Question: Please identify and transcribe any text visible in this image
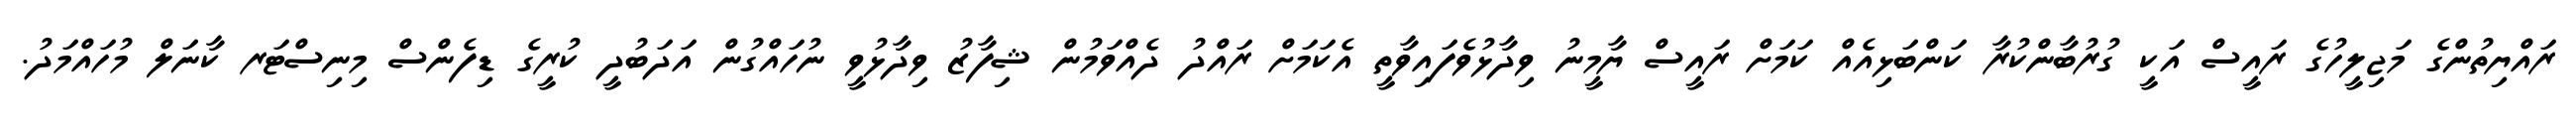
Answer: ރައްޔިތުންގެ މަޖިލީހުގެ ރައީސް އަކީ ގުރުބާންކުރާ ކަންބަޅިއެއް ކަމަށް ރައީސް ޔާމީނު ވިދާޅުވެފައިވާތީ އެކަމަށް ރައްދު ދެއްވަމުން ޝިފާޒު ވިދާޅުވީ ނުހައްގުން އަދަބުދީ ކުރީގެ ޑިފެންސް މިނިސްޓަރ ކާނަލް މުހައްމަދު.